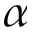
\alpha